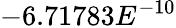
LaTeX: -6.71783E^{-10}